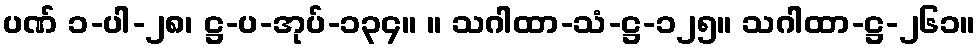
ပဏ် ၁-ပါ-၂၈၊ ဋ္ဌ-ပ-အုပ်-၁၃၄။ ။ သဂါထာ-သံ-ဋ္ဌ-၁၂၅။ သဂါထာ-ဋ္ဌ-၂၆၁။